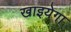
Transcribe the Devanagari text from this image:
खाइयेगा